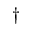
^ \dag